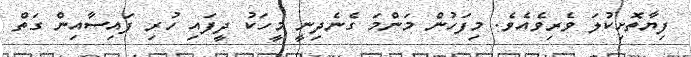
ފިޔާތޮށިކުލަ ވެރިވެއެވެ. މިފަހުން މަންމަ ގެނެދިނީ މީހަކު ދީފައި ހުރި ފައިސާއިން ގަތް